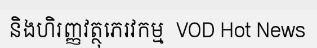
និងហិរញ្ញវត្ថុភេរវកម្ម  VOD Hot News